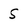
Character: S